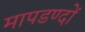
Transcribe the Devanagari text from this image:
मापडण्दों